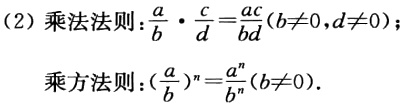
(2)乘法法则:$\frac{a}{b} \cdot \frac{c}{d}=\frac{ac}{bd}(b \neq 0,d \neq 0)$;

乘方法则:$(\frac{a}{b})^n=\frac{a^n}{b^n}(b \neq 0)$.